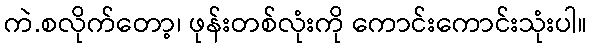
ကဲ.စလိုက်တော့၊ ဖုန်းတစ်လုံးကို ကောင်းကောင်းသုံးပါ။